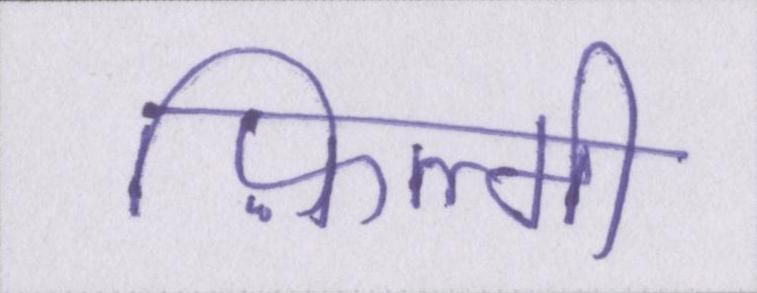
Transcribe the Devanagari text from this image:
फ़िल्मी